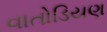
વાતોડિયણ